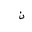
Letter: _non